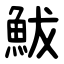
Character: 鮁